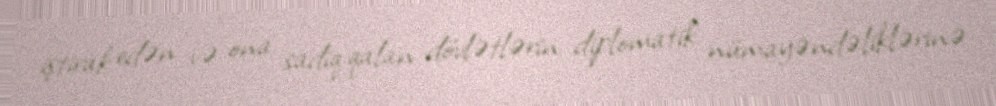
iştirak edən və ona sadiq qalan dövlətlərin diplomatik nümayəndəliklərinə